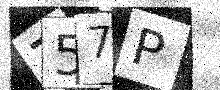
Text: 757P